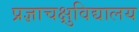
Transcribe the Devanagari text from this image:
प्रज्ञाचक्षुविद्यालय